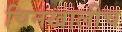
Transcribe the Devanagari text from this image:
चिनखालीच